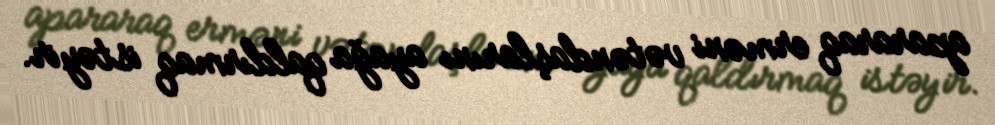
apararaq erməni vətəndaşlarını ayağa qaldırmaq istəyir.